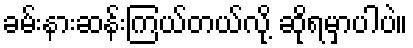
ခမ်းနားဆန်းကြယ်တယ်လို့ ဆိုရမှာပါပဲ။